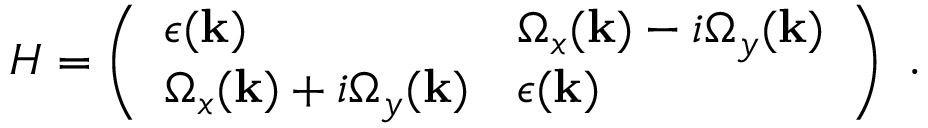
\begin{array} { r } { H = \left( \begin{array} { l l } { \epsilon ( \mathbf { k } ) } & { \Omega _ { x } ( \mathbf { k } ) - i \Omega _ { y } ( \mathbf { k } ) } \\ { \Omega _ { x } ( \mathbf { k } ) + i \Omega _ { y } ( \mathbf { k } ) } & { \epsilon ( \mathbf { k } ) } \end{array} \right) \textrm { . } } \end{array}